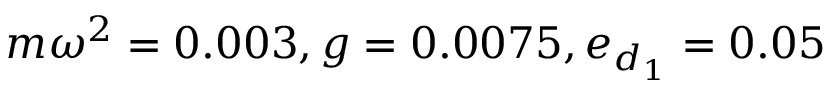
m \omega ^ { 2 } = 0 . 0 0 3 , g = 0 . 0 0 7 5 , e _ { d _ { 1 } } = 0 . 0 5